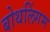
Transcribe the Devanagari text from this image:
बोथलिंगम